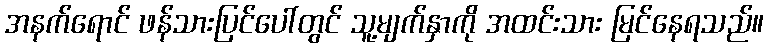
အနက်ရောင် ဖန်သားပြင်ပေါ်တွင် သူ့မျက်နှာကို အထင်းသား မြင်နေရသည်။